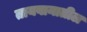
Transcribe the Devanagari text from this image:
तायवानातील